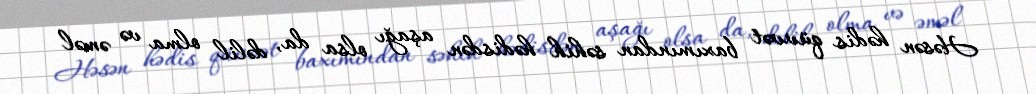
Həsən hədis qüvvət baxımından səhih hədisdən aşağı olsa da, dəlil olma və əməl